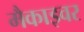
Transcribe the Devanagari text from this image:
मैकाइवर